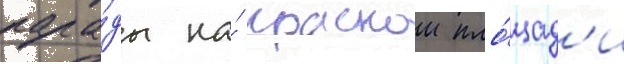
пара́ды на́ краснои пло́щад'и